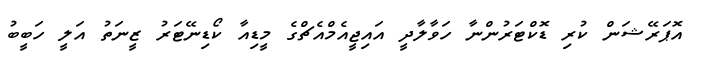
އޮޕަރޭޝަން ކުރި ޑޮކްޓަރުންނާ ހަވާލާދީ އައިޖީއެމްއެޗްގެ މީޑިއާ ކޯޑިނޭޓަރު ޒީނަތު އަލީ ހަބީބު